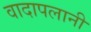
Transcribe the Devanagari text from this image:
वादापलानी